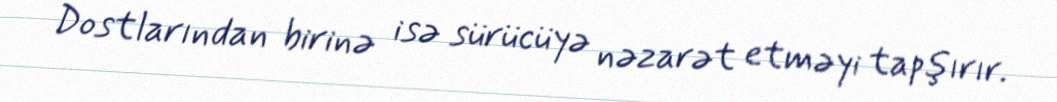
Dostlarından birinə isə sürücüyə nəzarət etməyi tapşırır.